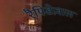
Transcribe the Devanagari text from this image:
रैपिडेज़ाल